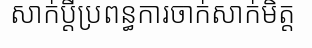
សាក់ប្តីប្រពន្ធការចាក់សាក់មិត្ត